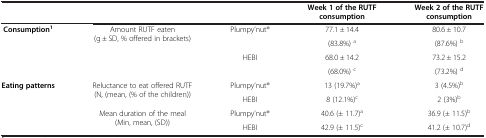
<table><thead><tr><td><b> </b></td><td colspan="2"><b> </b></td><td><b>Week 1 of the RUTF consumption</b></td><td><b>Week 2 of the RUTF consumption</b></td></tr></thead><tbody><tr><td rowspan="4"><b>Consumption</b><sup><b>1</b></sup></td><td rowspan="4">Amount RUTF eaten (g ± SD, % offered in brackets)</td><td rowspan="2">Plumpy’nut<sup>®</sup></td><td>77.1 ± 14.4</td><td>80.6 ± 10.7</td></tr><tr><td>(83.8%) <sup>a</sup></td><td>(87.6%) <sup>b</sup></td></tr><tr><td rowspan="2">HEBI</td><td>68.0 ± 14.2</td><td>73.2 ± 15.2</td></tr><tr><td>(68.0%) <sup>c</sup></td><td>(73.2%) <sup>d</sup></td></tr><tr><td rowspan="4"><b>Eating patterns</b></td><td rowspan="2">Reluctance to eat offered RUTF (N, (mean, (% of the children))</td><td>Plumpy’nut<sup>®</sup></td><td>13 (19.7%)<sup>a</sup></td><td>3 (4.5%)<sup>b</sup></td></tr><tr><td>HEBI</td><td>8 (12.1%)<sup>c</sup></td><td>2 (3%)<sup>b</sup></td></tr><tr><td rowspan="2">Mean duration of the meal (Min, mean, (SD))</td><td>Plumpy’nut<sup>®</sup></td><td>40.6 (± 11.7)<sup>a</sup></td><td>36.9 (± 11.5)<sup>b</sup></td></tr><tr><td>HEBI</td><td>42.9 (± 11.5)<sup>c</sup></td><td>41.2 (± 10.7)<sup>d</sup></td></tr></tbody></table>